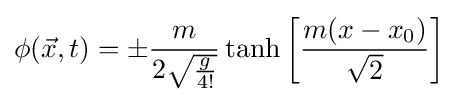
\phi ({\vec {x}},t)=\pm {\frac {m}{2{\sqrt {\frac {g}{4!}}}}}\tanh \left[{\frac {m(x-x_{0})}{\sqrt {2}}}\right]